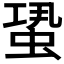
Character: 𧋳